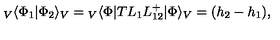
{ } _ { V } \langle \Phi _ { 1 } | \Phi _ { 2 } \rangle _ { V } = { } _ { V } \langle \Phi | T L _ { 1 } L _ { 1 2 } ^ { + } | \Phi \rangle _ { V } = ( h _ { 2 } - h _ { 1 } ) ,